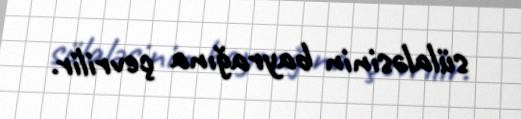
sülaləsinin bayrağına çevrilir.